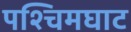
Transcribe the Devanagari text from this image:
पश्चिमघाट